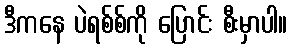
ဒီကနေ ပဲရစ်စ်ကို ပြောင်း စီးမှာပါ။